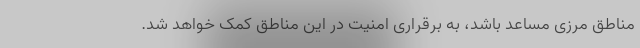
مناطق مرزی مساعد باشد، به برقراری امنیت در این مناطق کمک خواهد شد.